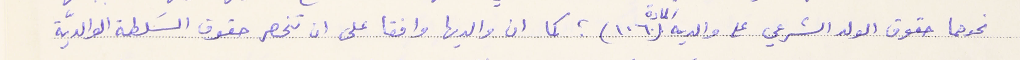
نحوهما حقوق الولد الشرعي على والديه المادة (١٠٦) كما ان والديها وافقا على ان تنحصر حقوق السَلطة الوالديّة